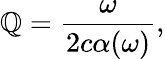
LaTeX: \mathbb{Q}=\frac{{\omega}}{{2c\alpha(\omega)}},